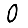
Digit: 0